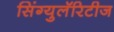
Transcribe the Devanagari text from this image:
सिंग्युलॅरिटीज